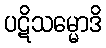
ပဋိသမ္မောဒိ